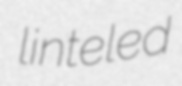
linteled